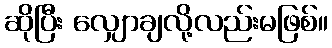
ဆိုပြီး လျှောချလို့လည်းမဖြစ်။